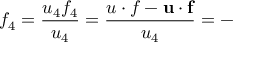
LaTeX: f _ { 4 } = \frac { u _ { 4 } f _ { 4 } } { u _ { 4 } } = \frac { u \cdot f - \mathbf { u } \cdot \mathbf { f } } { u _ { 4 } } = -